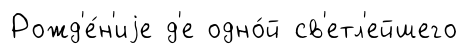
Рожд'е́н'иjе д'е одно́й св'етл'ейшего